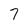
Character: 7